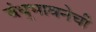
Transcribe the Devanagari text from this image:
बंधुभावनेची